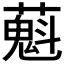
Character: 𬞴